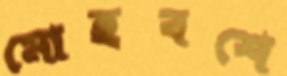
মোহবশে